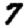
Digit: 7